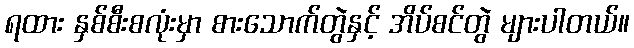
ရထား နှစ်စီးစလုံးမှာ စားသောက်တွဲနှင့် အိပ်စင်တွဲ များပါတယ်။